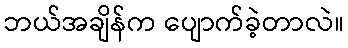
ဘယ်အချိန်က ပျောက်ခဲ့တာလဲ။